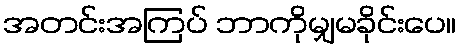
အတင်းအကြပ် ဘာကိုမျှမခိုင်းပေ။